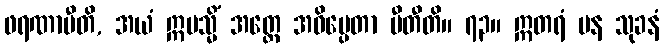
ဖရဏာပီတိ, အယံ ဣမသ္မိံ အတ္ထေ အဓိပ္ပေတာ ပီတီတိ။ ၇၃။ ဣတရံ ပန သုခနံ